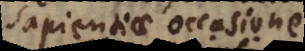
sapientiae occasione.